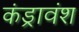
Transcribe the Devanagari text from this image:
कंड्रावंश